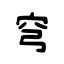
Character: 穹